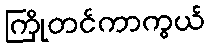
ကြိုတင်ကာကွယ်